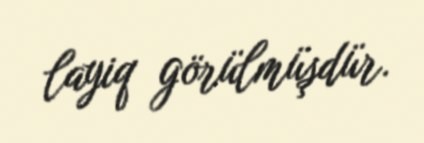
layiq görülmüşdür.